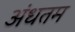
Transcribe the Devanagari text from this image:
अंधतम